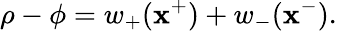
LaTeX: \rho-\phi=w_{+}(\mathbf{x}^{+})+w_{-}(\mathbf{x}^{-}).